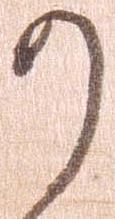
か